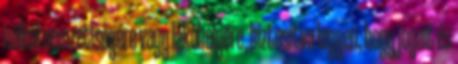
nélkül nemzetiségére vagy lakóhelyére, biztosítva legyen, hogy jogait és